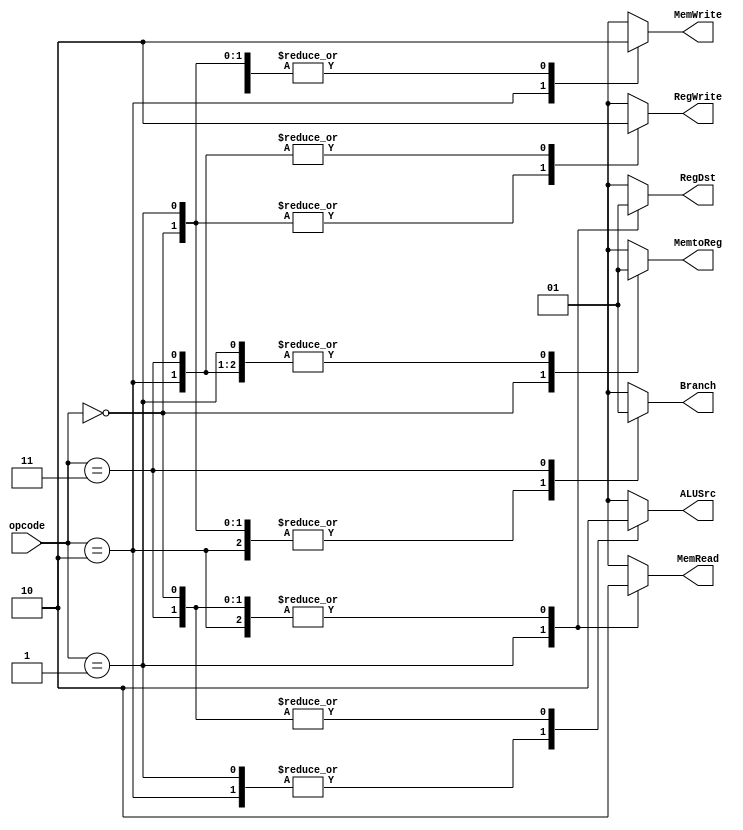
`timescale 1ns / 1ps
//////////////////////////////////////////////////////////////////////////////////
// Company: 
// Engineer: 
// 
// Design Name: 
// Module Name:    control 
// Project Name: 
// Target Devices: 
// Tool versions: 
// Description: 
//
// Dependencies: 
//
// Revision: 
// Revision 0.01 - File Created
// Additional Comments: 
//
//////////////////////////////////////////////////////////////////////////////////
module control(
		input [1:0] opcode,
		output reg Branch,
		output reg MemtoReg,
		output reg MemRead,
		output reg MemWrite,
		//output reg ALUOP,
		output reg ALUSrc,
		output reg RegWrite,
		output reg RegDst
    );

always @(opcode)
begin
	case(opcode)
		2'b00:
			begin
			Branch <= 0;
			MemtoReg <= 0;
			MemRead <= 0;
			MemWrite <= 0;
			//ALUOP<= 1;
			ALUSrc <= 0;
			RegWrite <= 1;
			RegDst <= 1;
			end
		2'b01:
			begin
			Branch <= 0;
			MemtoReg <= 1;
			MemRead <= 1;
			MemWrite <= 0;
			//ALUOP <= 1;
			ALUSrc <= 1;
			RegWrite<= 1;
			RegDst <= 0;
			end
		2'b10:
			begin
			Branch <= 0;
			MemtoReg <= 1; // x
			MemRead <= 0;
			MemWrite<= 1;
			//ALUOP <= 0;
			ALUSrc <= 1;
			RegWrite <= 0;
			RegDst<= 1; // x
			end
		2'b11:
			begin
			Branch<= 1;
			MemtoReg <= 1; // x
			MemRead<= 0;
			MemWrite <= 0;
			//ALUOP <= 0;
			ALUSrc<= 0;
			RegWrite<= 0;
			RegDst <= 1; // x
			end
	endcase
		
end

endmodule